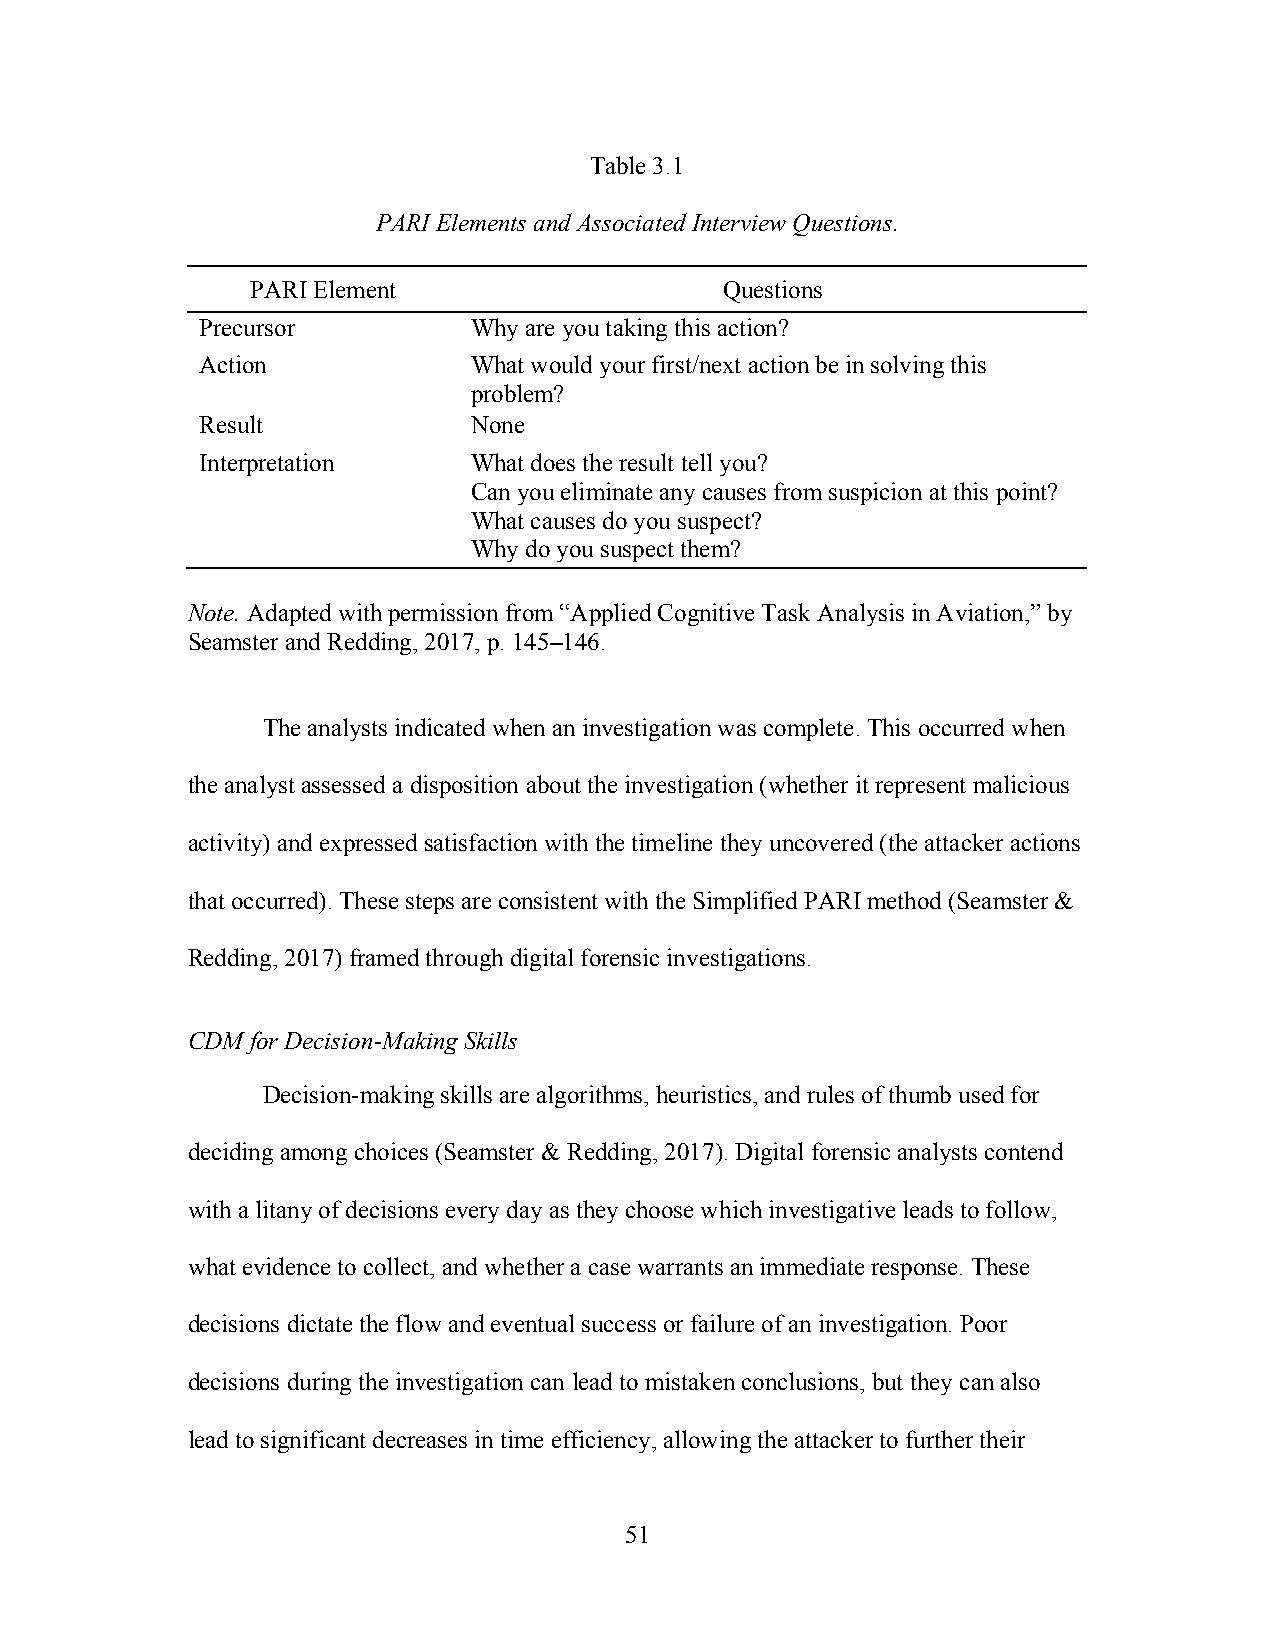
Table 3.1
 PARI Elements and Associated Interview Questions.
 PARI Element                   Questions
 Precursor         Why are you taking this action?
 Action            What would your first/next action be in solving this
 problem?
 Result            None
 Interpretation    What does the result tell you?
 Can you eliminate any causes from suspicion at this point?
 What causes do you suspect?
 Why do you suspect them?
 Note. Adapted with permission from “Applied Cognitive Task Analysis in Aviation,” by
 Seamster and Redding, 2017, p. 145–146.
 The analysts indicated when an investigation was complete. This occurred when
 the analyst assessed a disposition about the investigation (whether it represent malicious
 activity) and expressed satisfaction with the timeline they uncovered (the attacker actions
 that occurred). These steps are consistent with the Simplified PARI method (Seamster &
 Redding, 2017) framed through digital forensic investigations.
 CDM  for Decision-Making Skills
 Decision-making skills are algorithms, heuristics, and rules of thumb used for
 deciding among choices (Seamster & Redding, 2017). Digital forensic analysts contend
 with a litany of decisions every day as they choose which investigative leads to follow,
 what evidence to collect, and whether a case warrants an immediate response. These
 decisions dictate the flow and eventual success or failure of an investigation. Poor
 decisions during the investigation can lead to mistaken conclusions, but they can also
 lead to significant decreases in time efficiency, allowing the attacker to further their
 51